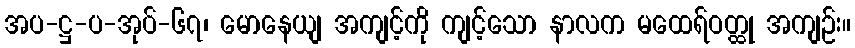
အပ-ဋ္ဌ-ပ-အုပ်-၆၇၊ မောနေယျ အကျင့်ကို ကျင့်သော နာလက မထေရ်ဝတ္ထု အကျဉ်း။